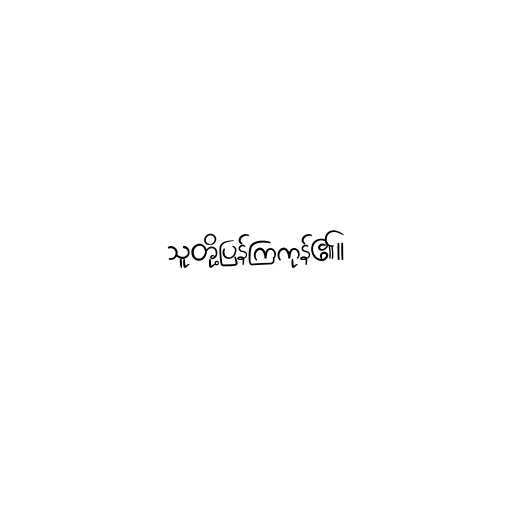
သူတို့ပြန်ကြကုန်၏။